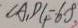
\angle A _ { 1 } D C _ { 1 } = 6 8